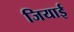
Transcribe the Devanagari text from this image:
जियाई